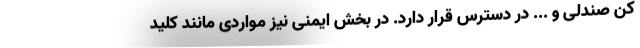
کن صندلی و ... در دسترس قرار دارد. در بخش ایمنی نیز مواردی مانند کلید